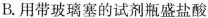
B. 用带玻璃塞的试剂瓶盛盐酸